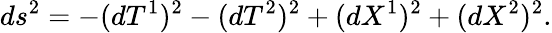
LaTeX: ds^{2}=-(dT^{1})^{2}-(dT^{2})^{2}+(dX^{1})^{2}+(dX^{2})^{2}.